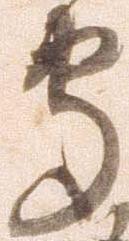
守